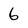
Character: 6